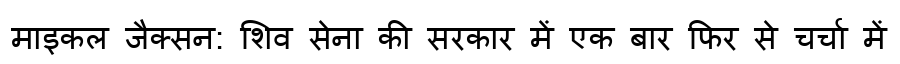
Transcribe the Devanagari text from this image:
माइकल जैक्सन: शिव सेना की सरकार में एक बार फिर से चर्चा में